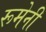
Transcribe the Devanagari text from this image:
रूमेनी